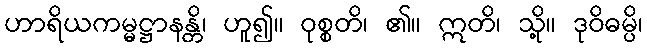
ဟာရိယကမ္မဋ္ဌာနန္တိ၊ ဟူ၍။ ဝုစ္စတိ၊ ၏။ ဣတိ၊ သို့။ ဒုဝိဓမ္ပိ၊